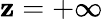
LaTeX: \mathbf{z}=+\infty